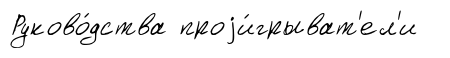
Руково́дства проjи́грыват'ел'и